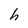
Character: h